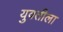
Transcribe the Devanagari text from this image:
युवतीला